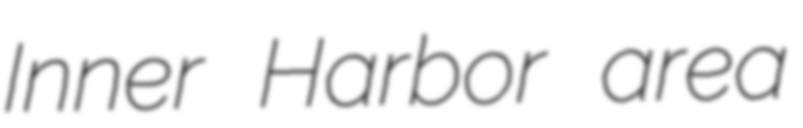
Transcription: Inner Harbor area